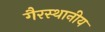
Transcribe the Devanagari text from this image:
गैरस्थानीय